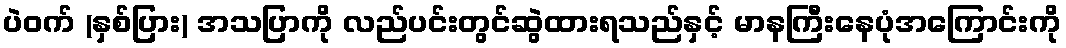
ပဲဝက် (နှစ်ပြား) အသပြာကို လည်ပင်းတွင်ဆွဲထားရသည်နှင့် မာနကြီးနေပုံအကြောင်းကို